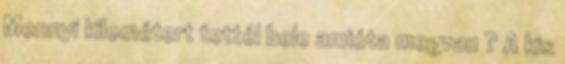
Mennyi kilométert tettél bele amióta megvan ? A kis